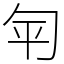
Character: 匉